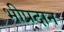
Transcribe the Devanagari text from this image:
भीप्रदान